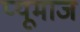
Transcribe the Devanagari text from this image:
प्यूमाज